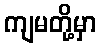
ကျမတို့မှာ